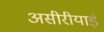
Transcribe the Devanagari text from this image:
असीरीयाई